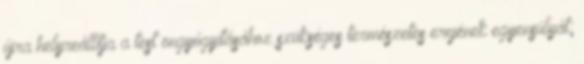
újra helyreállítja a test öngyógyításához szükséges természetes erejének egyensúlyát;